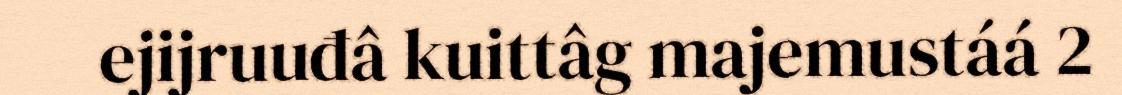
ejijruuđâ kuittâg majemustáá 2